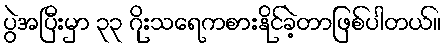
ပွဲအပြီးမှာ ၃၃ ဂိုးသရေကစားနိုင်ခဲ့တာဖြစ်ပါတယ်။